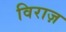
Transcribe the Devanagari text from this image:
विराज़